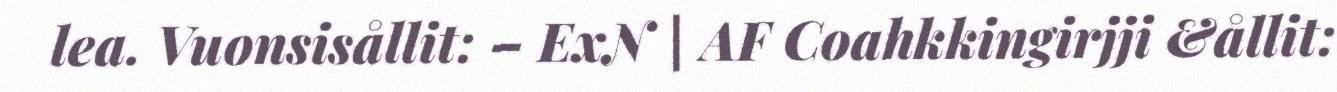
lea. Vuonsisållit: – ExN | AF Coahkkingirjji &ållit: